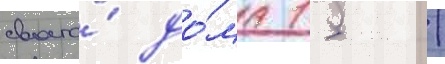
своего́ до́ма 15 /